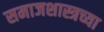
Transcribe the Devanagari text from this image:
समाजशास्त्रच्या